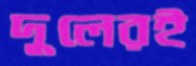
দুলেরই